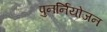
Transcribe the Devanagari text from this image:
पुनर्नियोजन